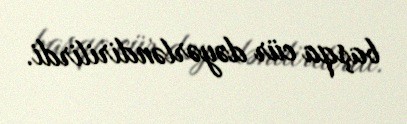
başqa cür dəyərləndirilirdi.